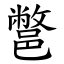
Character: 鄨